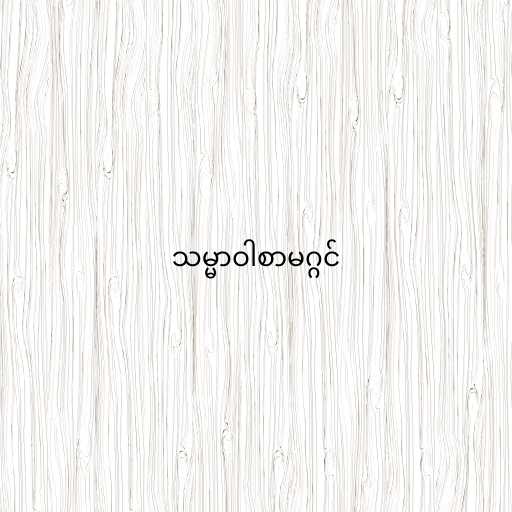
သမ္မာဝါစာမဂ္ဂင်